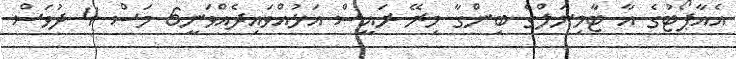
އެއާޕޯޓުގެ އާ ޓާމިނަލްގެ ބިންގާ މިރޭ ރައީސް އަޅުއްވައިދެއްވަނީ6 މަސް 4 ދުވަސް